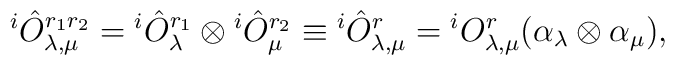
{}^{i}\hat{O}^{r_{1}r_{2}}_{\lambda,\mu}={}^{i}\hat{O}^{r_{1}}_{\lambda}\otimes{}^{i}\hat{O}^{r_{2}}_{\mu}\equiv{}^{i}\hat{O}^{r}_{\lambda,\mu}={}^{i}O^{r}_{\lambda,\mu}(\alpha_{\lambda}\otimes \alpha_{\mu}),